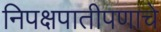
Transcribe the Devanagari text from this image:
निपक्षपातीपणाचे